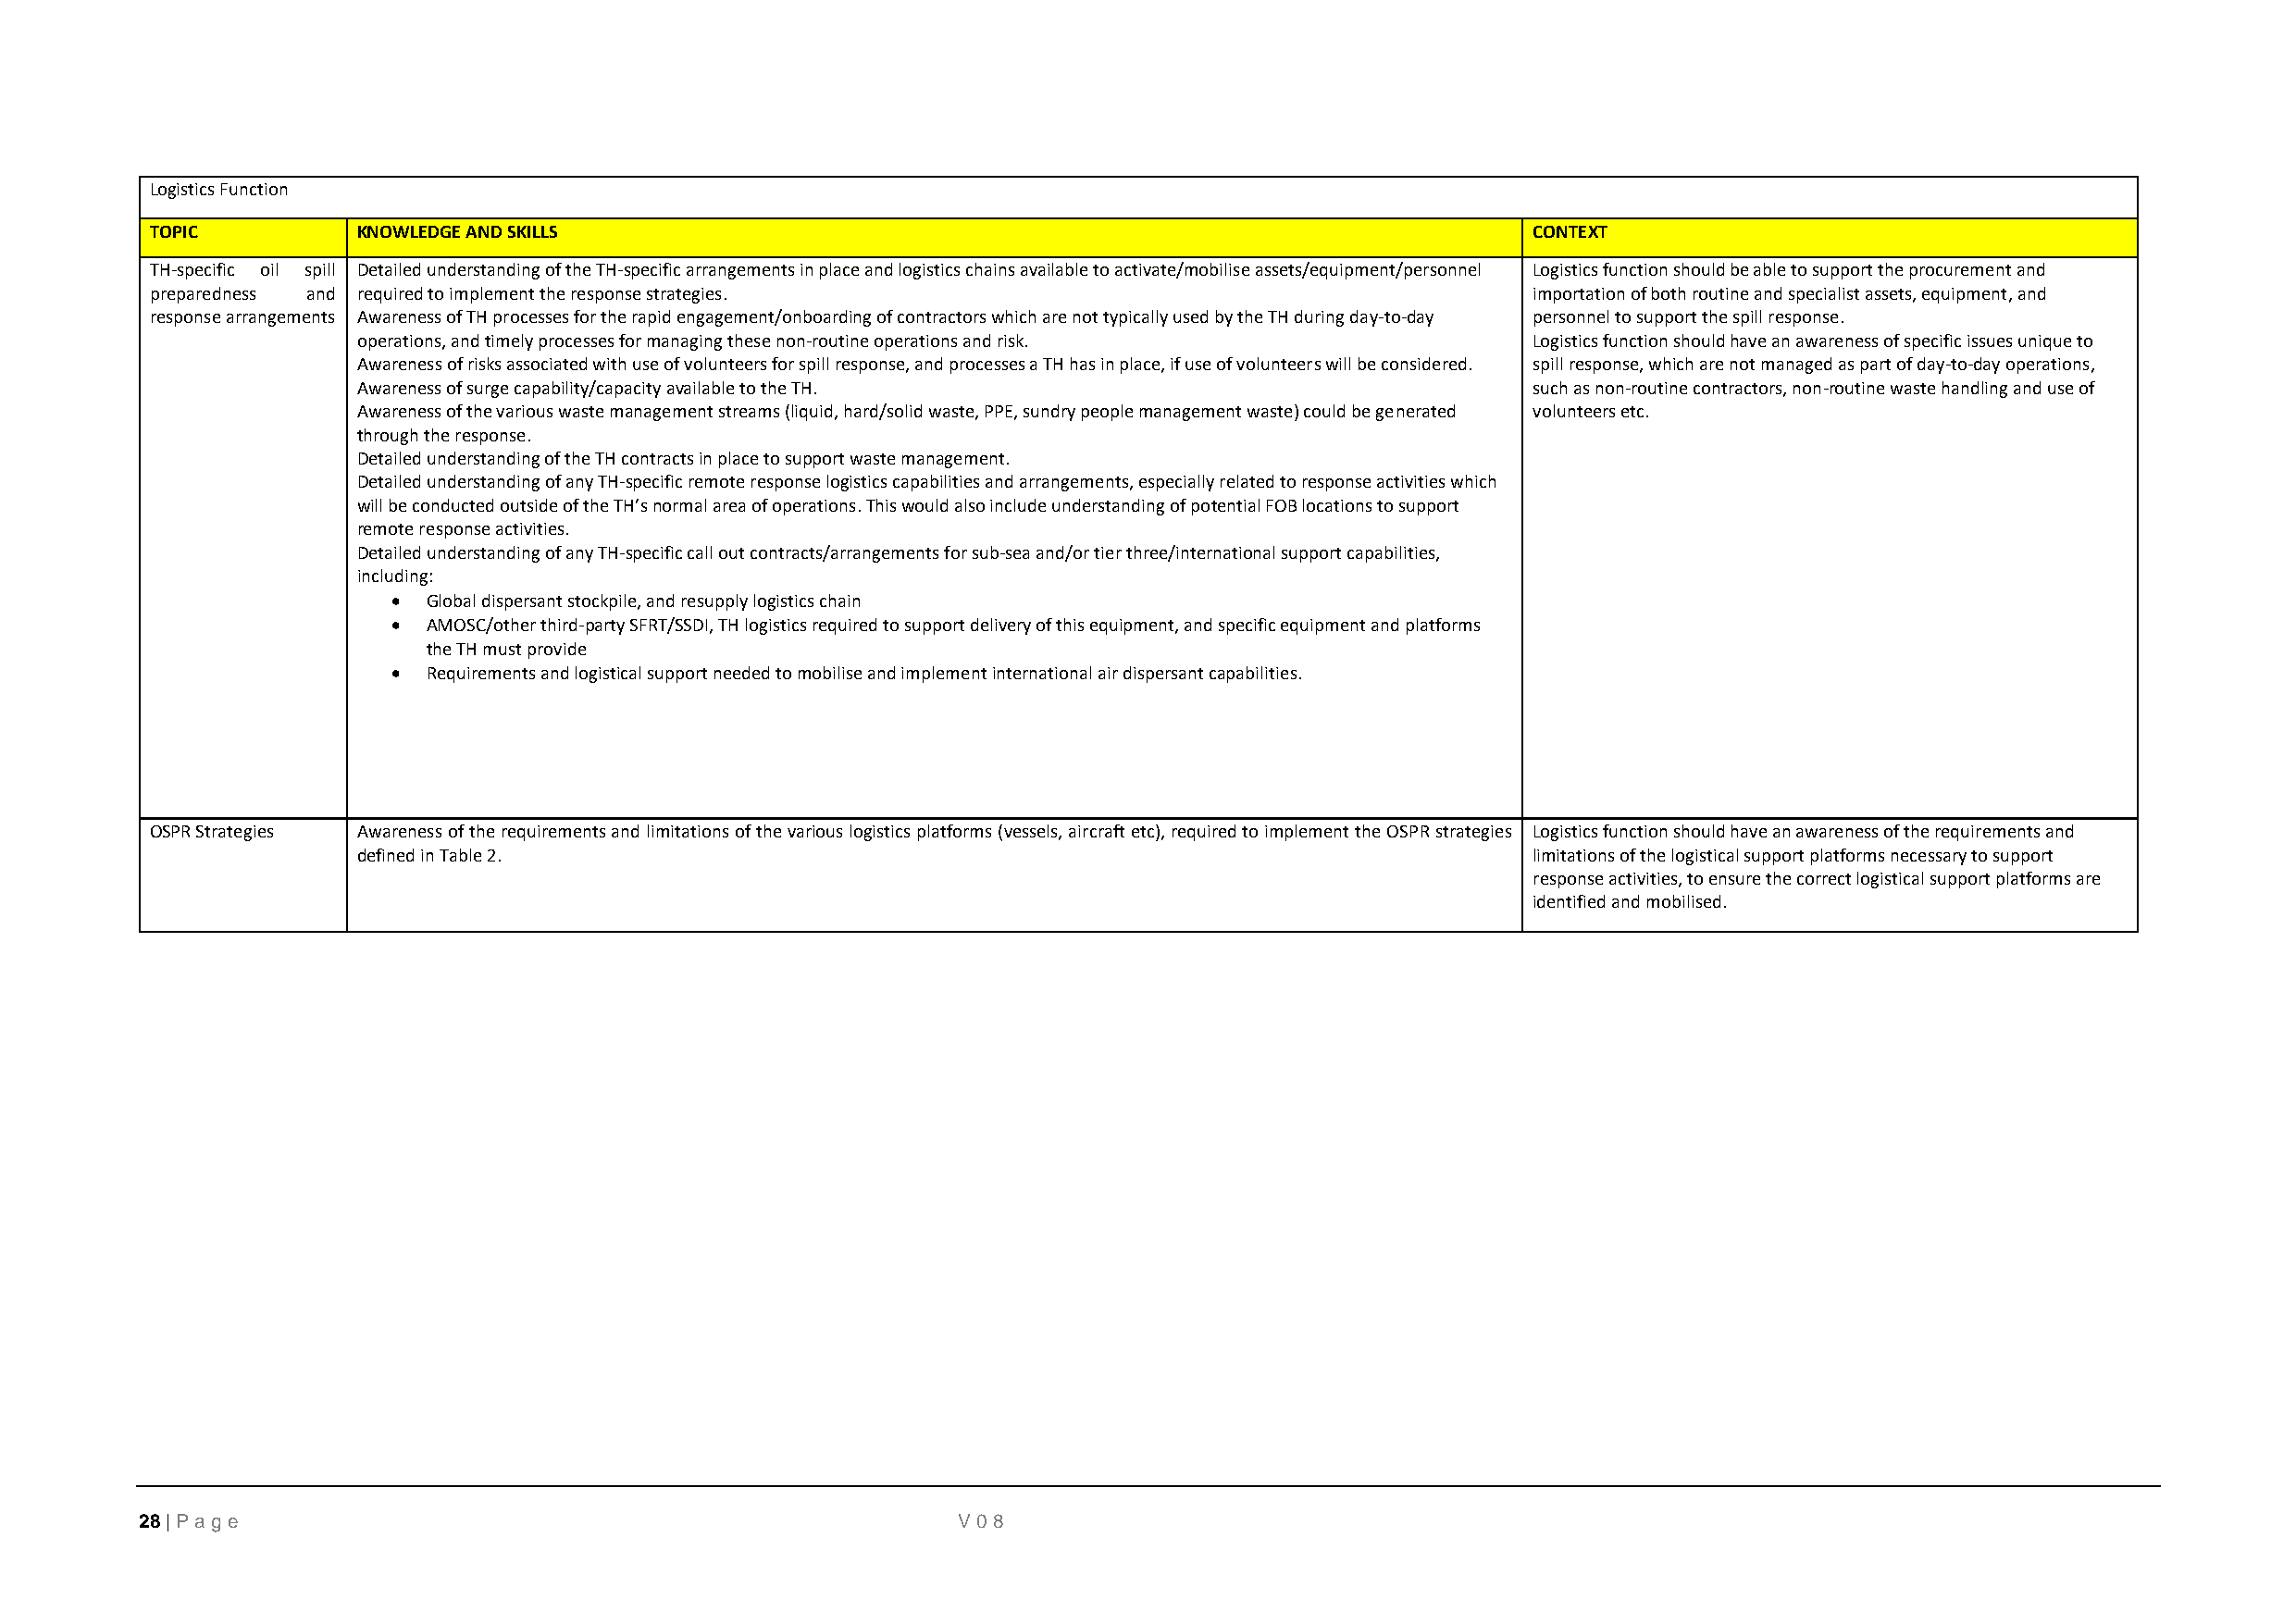
Logistics Function
 TOPIC          KNOWLEDGE AND SKILLS                                                                CONTEXT
 TH-specific oil spill Detailed understanding of the TH-specific arrangements in place and logistics chains available to activate/mobilise assets/equipment/personnel Logistics function should be able to support the procurement and
 preparedness and required to implement the response strategies.                                    importation of both routine and specialist assets, equipment, and
 response arrangements Awareness of TH processes for the rapid engagement/onboarding of contractors which are not typically used by the TH during day-to-day personnel to support the spill response.
 operations, and timely processes for managing these non-routine operations and risk. Logistics function should have an awareness of specific issues unique to
 Awareness of risks associated with use of volunteers for spill response, and processes a TH has in place, if use of volunteers will be considered. spill response, which are not managed as part of day-to-day operations,
 Awareness of surge capability/capacity available to the TH.                         such as non-routine contractors, non-routine waste handling and use of
 Awareness of the various waste management streams (liquid, hard/solid waste, PPE, sundry people management waste) could be generated volunteers etc.
 through the response.
 Detailed understanding of the TH contracts in place to support waste management.
 Detailed understanding of any TH-specific remote response logistics capabilities and arrangements, especially related to response activities which
 will be conducted outside of the TH’s normal area of operations. This would also include understanding of potential FOB locations to support
 remote response activities.
 Detailed understanding of any TH-specific call out contracts/arrangements for sub-sea and/or tier three/international support capabilities,
 including:
 •  Global dispersant stockpile, and resupply logistics chain
 •  AMOSC/other third-party SFRT/SSDI, TH logistics required to support delivery of this equipment, and specific equipment and platforms
 the TH must provide
 •  Requirements and logistical support needed to mobilise and implement international air dispersant capabilities.
 OSPR Strategies Awareness of the requirements and limitations of the various logistics platforms (vessels, aircraft etc), required to implement the OSPR strategies Logistics function should have an awareness of the requirements and
 defined in Table 2.                                                                 limitations of the logistical support platforms necessary to support
 response activities, to ensure the correct logistical support platforms are
 identified and mobilised.
 28 | P age                                                V08